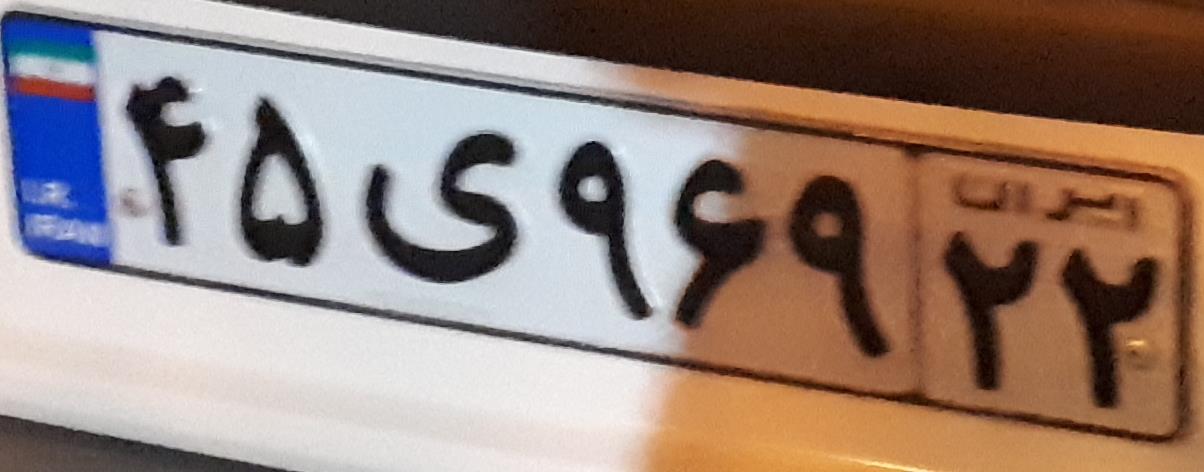
۴۵ی۹۶۹۲۲